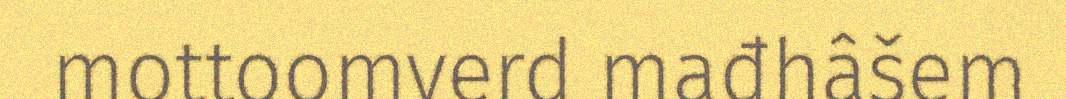
mottoomverd mađhâšem